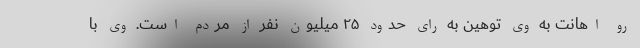
رو اهانت به وی توهین به رای حدود ۲۵ میلیون نفر از مردم است. وی با